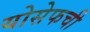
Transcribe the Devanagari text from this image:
योसेफची